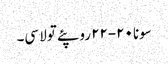
سونا ٢٠-٢٢ روپئے تولا سی۔